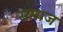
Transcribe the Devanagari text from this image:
समाज